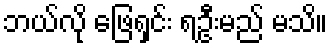
ဘယ်လို ဖြေရှင်း ရဦးမည် မသိ။